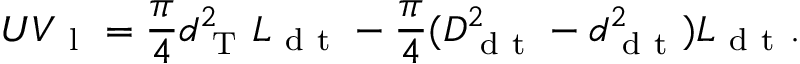
U V _ { \mathrm { ~ l ~ } } = \frac { \pi } { 4 } d _ { \mathrm { ~ T ~ } } ^ { 2 } L _ { \mathrm { ~ d ~ t ~ } } - \frac { \pi } { 4 } ( D _ { \mathrm { ~ d ~ t ~ } } ^ { 2 } - d _ { \mathrm { ~ d ~ t ~ } } ^ { 2 } ) L _ { \mathrm { ~ d ~ t ~ } } .